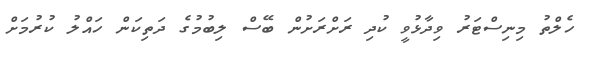
ހެލްތު މިނިސްޓަރު ވިދާޅުވީ ކުދި ރަށްރަށުން ބޭސް ލިބުމުގެ ދަތިކަން ހައްލު ކުރުމަށް